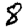
Digit: 8